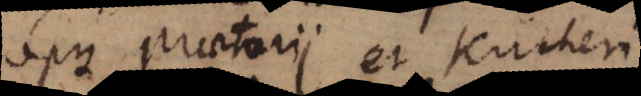
opus Praetorii et Kircheri.